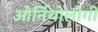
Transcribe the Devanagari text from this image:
ओर्निथोलोगी